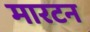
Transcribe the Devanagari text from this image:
मारटन